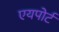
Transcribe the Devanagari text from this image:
एयपोर्ट